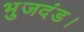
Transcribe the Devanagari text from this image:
भुजदंड।